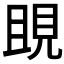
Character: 𧠢